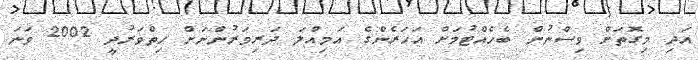
އަދި މިގޮތަށް ވިސްނުން ބެހެއްޓުމަށް އަހަރެންގެ އަމިއްލަ ދަރިވަރުންނަށް ހިތްވަރުދީ 2002 ވަނަ